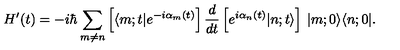
H ^ { \prime } ( t ) = - i \hbar \sum _ { m \neq n } \left[ \langle m ; t | e ^ { - i \alpha _ { m } ( t ) } \right] \frac { d } { d t } \left[ e ^ { i \alpha _ { n } ( t ) } | n ; t \rangle \right] \: | m ; 0 \rangle \langle n ; 0 | .